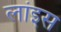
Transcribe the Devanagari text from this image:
लांइस